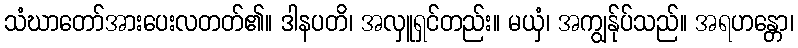
သံဃာတော်အားပေးလတတ်၏။ ဒါနပတိ၊ အလှူရှင်တည်း။ မယှံ၊ အကျွန်ုပ်သည်။ အရဟန္တော၊